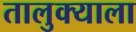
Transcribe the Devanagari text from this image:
तालुक्‍याला